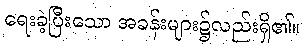
ရေးခဲ့ပြီးသော အခန်းများ၌လည်းရှိ၏။